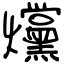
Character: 爣